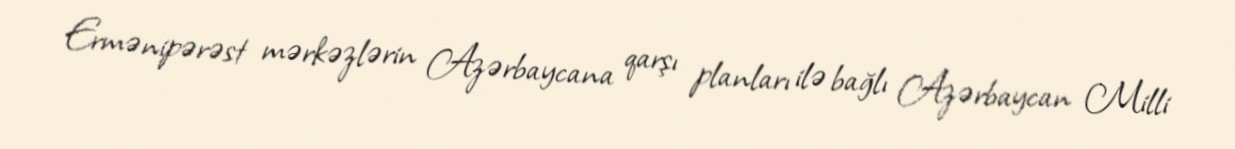
Ermənipərəst mərkəzlərin Azərbaycana qarşı planları ilə bağlı Azərbaycan Milli